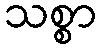
သစ္စာ